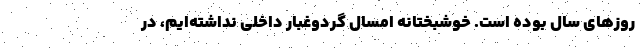
روزهای سال بوده است. خوشبختانه امسال گردوغبار داخلی نداشته‌ایم، در